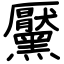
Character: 黶